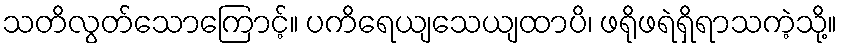
သတိလွတ်သောကြောင့်။ ပကိရေယျသေယျထာပိ၊ ဖရိုဖရဲရှိရာသကဲ့သို့။